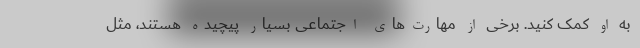
به او کمک کنید. برخی از مهارت‌های اجتماعی بسیار پیچیده هستند، مثل